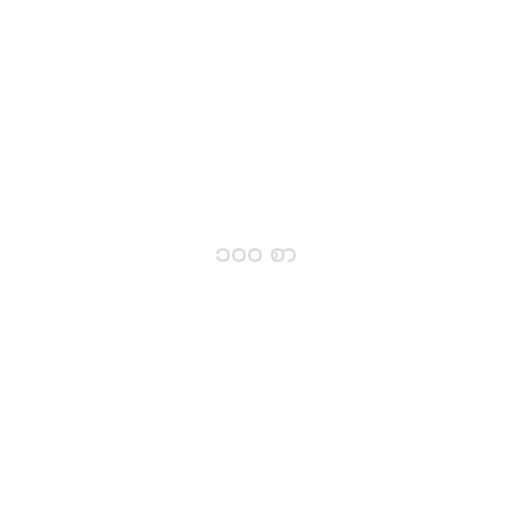
၁၀၀ စာ